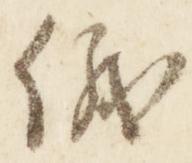
儀